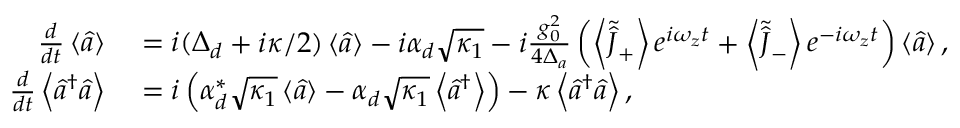
\begin{array} { r l } { \frac { d } { d t } \left\langle \hat { a } \right\rangle } & { { } = i ( \Delta _ { d } + i \kappa / 2 ) \left\langle \hat { a } \right\rangle - i \alpha _ { d } \sqrt { \kappa _ { 1 } } - i \frac { g _ { 0 } ^ { 2 } } { 4 \Delta _ { a } } \left( \left\langle \tilde { \hat { J } } _ { + } \right\rangle e ^ { i \omega _ { z } t } + \left\langle \tilde { \hat { J } } _ { - } \right\rangle e ^ { - i \omega _ { z } t } \right) \left\langle \hat { a } \right\rangle , } \\ { \frac { d } { d t } \left\langle \hat { a } ^ { \dagger } \hat { a } \right\rangle } & { { } = i \left( \alpha _ { d } ^ { * } \sqrt { \kappa _ { 1 } } \left\langle \hat { a } \right\rangle - \alpha _ { d } \sqrt { \kappa _ { 1 } } \left\langle \hat { a } ^ { \dagger } \right\rangle \right) - \kappa \left\langle \hat { a } ^ { \dagger } \hat { a } \right\rangle , } \end{array}